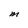
Character: M